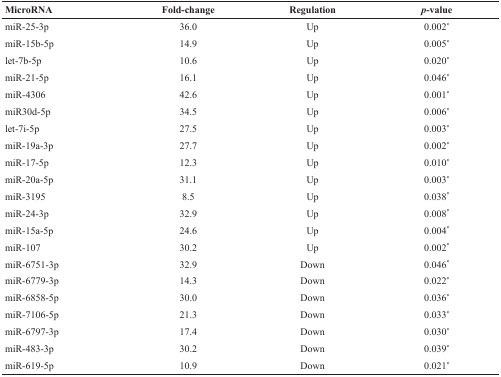
| MicroRNA | Fold-change | Regulation | p-value |
 | --- | --- | --- | --- |
 | miR-25-3p | 36.0 | Up | 0.002* |
 | miR-15b-5p | 14.9 | Up | 0.005* |
 | let-7b-5p | 10.6 | Up | 0.020* |
 | miR-21-5p | 16.1 | Up | 0.046* |
 | miR-4306 | 42.6 | Up | 0.001* |
 | miR30d-5p | 34.5 | Up | 0.006* |
 | let-7i-5p | 27.5 | Up | 0.003* |
 | miR-19a-3p | 27.7 | Up | 0.002* |
 | miR-17-5p | 12.3 | Up | 0.010* |
 | miR-20a-5p | 31.1 | Up | 0.003* |
 | miR-3195 | 8.5 | Up | 0.038* |
 | miR-24-3p | 32.9 | Up | 0.008* |
 | miR-15a-5p | 24.6 | Up | 0.004* |
 | miR-107 | 30.2 | Up | 0.002* |
 | miR-6751-3p | 32.9 | Down | 0.046* |
 | miR-6779-3p | 14.3 | Down | 0.022* |
 | miR-6858-5p | 30.0 | Down | 0.036* |
 | miR-7106-5p | 21.3 | Down | 0.033* |
 | miR-6797-3p | 17.4 | Down | 0.030* |
 | miR-483-3p | 30.2 | Down | 0.039* |
 | miR-619-5p | 10.9 | Down | 0.021* |